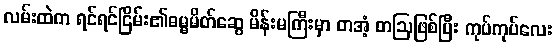
လမ်းထဲက ရင်ရင်ငြိမ်း၏ဓမ္မမိတ်ဆွေ မိန်းမကြီးမှာ တအံ့ တဩဖြစ်ပြီး ကုပ်ကုပ်လေး